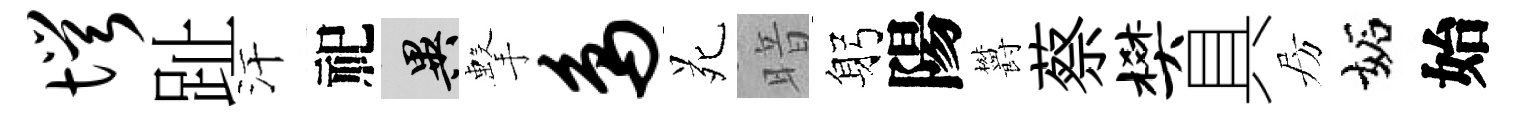
愕趾汗祀异擊鸟苑暗躬陽欝蔡樊具房妬始